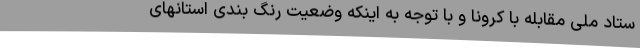
ستاد ملی مقابله با کرونا و با توجه به اینکه وضعیت رنگ بندی استانهای